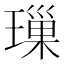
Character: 璅